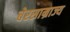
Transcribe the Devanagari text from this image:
चेरसाम्राज्य